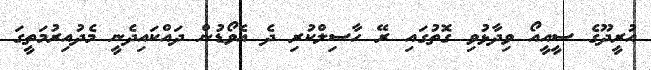
އުރީދޫގެ ސީއީއޯ ވިދާޅުވި ގޮތުގައި ރޭ ހާސިލްކުރި ދެ އެވޯޑުން ދައްކައިދެނީ މެދުއިރުމަތީގަ